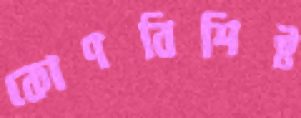
কোণবিশিষ্ট